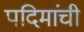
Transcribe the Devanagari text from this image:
पदिमांची